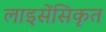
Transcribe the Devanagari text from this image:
लाइसेंसिकृत